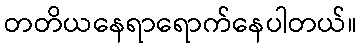
တတိယနေရာရောက်နေပါတယ်။